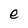
Character: e